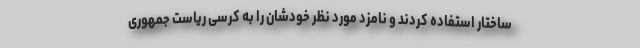
ساختار استفاده کردند و نامزد مورد نظر خودشان را به کرسی ریاست جمهوری